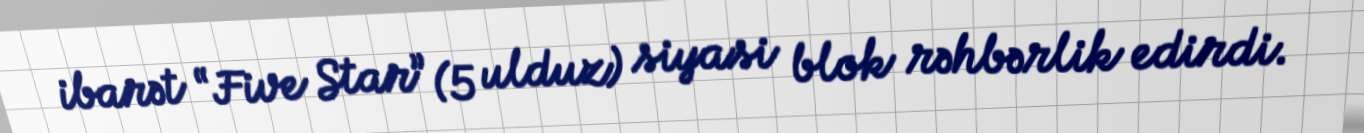
ibarət “Five Star” (5 ulduz) siyasi blok rəhbərlik edirdi.